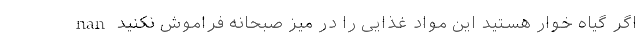
nan اگر گیاه خوار هستید این مواد غذایی را در میز صبحانه فراموش نکنید